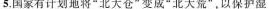
5.国家有计划地将”北大仓”变成”北大荒”，以保护湿